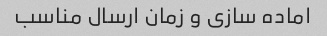
اماده سازی و زمان ارسال مناسب